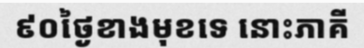
៩០ថ្ងៃខាងមុខទេ នោះភាគី